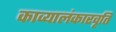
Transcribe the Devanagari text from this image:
काव्यालंकारवृति